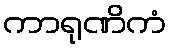
ကာရုဏိကံ